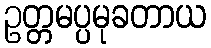
ဥတ္တမပ္ပမုခတာယ